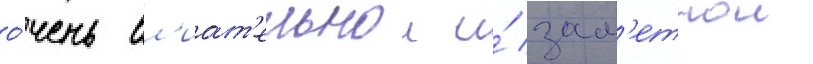
о́чень вл'иат'ельнои и́ зам'етнои